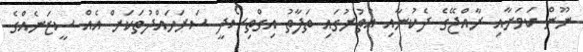
ނޫން ކަމަށާއި ރާއްޖޭގެ ދެކުނާއި އުތުރުގައި ތަފާތު އިގްތިސޯދީ ސަރަހައްދުތަކަށް އެއް ސީޒަނެއްގެ